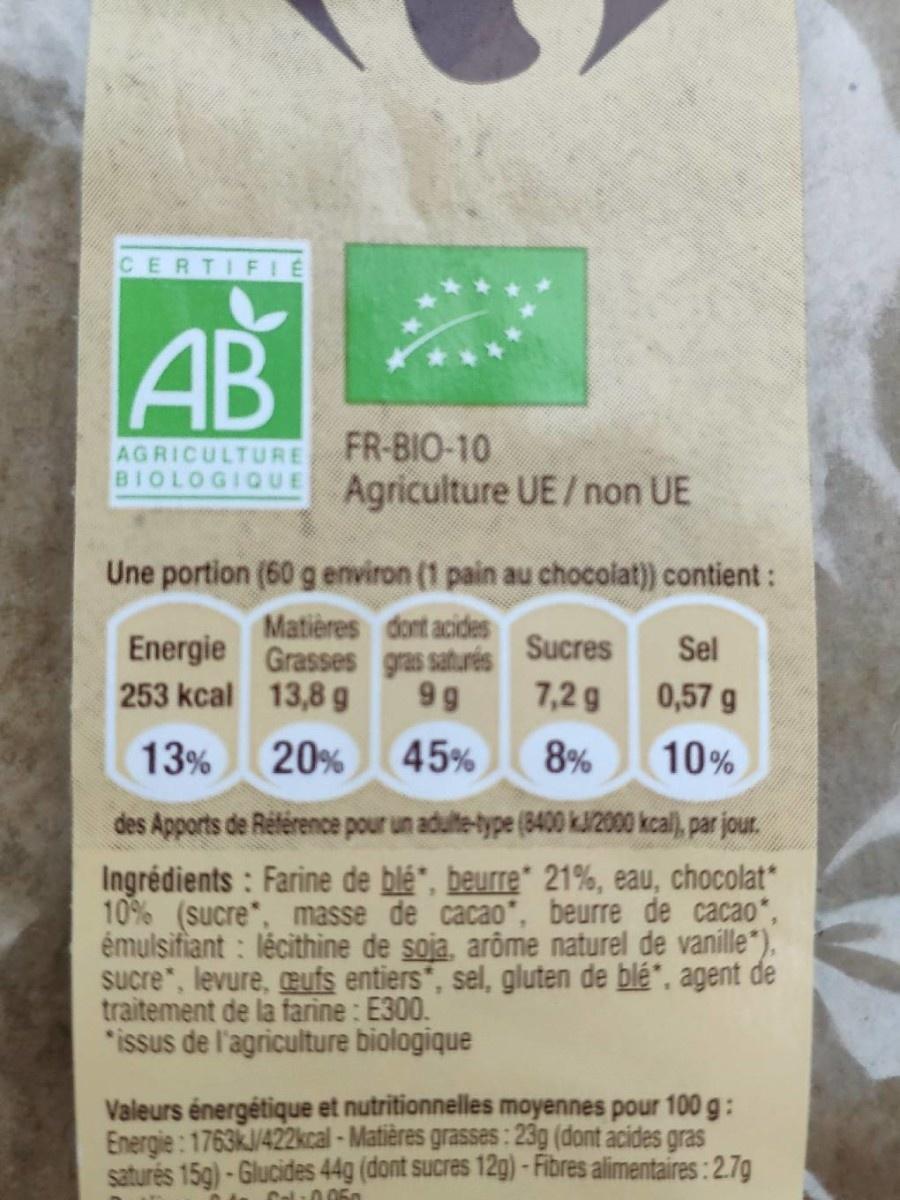
CERTIFIE
AB
AGRICULTURE BIOLOGIQUE
FR-BIO-10 Agriculture UE/ non UE
Une portion (60 g environ (1 pain au chocolat)) contient:
Matières dont acides Energie Grasses gras saturés
Sucres
Sel
253 kcal 13,8 g
9 g
7,2 g
0,57 g
13%
20%
45%
8%
10%
des Apports de Reférence pour un adulte-type (8400 kJ/2000 kcal), par jour.
Ingrédients : Farine de blé", beurre* 21%, eau, chocolat 10% (sucre", masse de cacao*, beurre de cacao, émulsifiant : lécithine de soja, arôme naturel de vanille*), sucre", levure, eufs entiers, sel, gluten de blé", agent de traitement de la farine : E300. *issus de l'agriculture biologique
Valeurs énergétique et nutritionnelles moyennes pour 100 g: Energie: 1763KJ/422kcal - Matières grasses: 23g (dont acides gras saturés 15g)-Glucides 44g (dont sucres 12g) - Fibres alimentaires: 2.7g
Cal:0 060